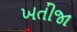
ખતીજા